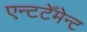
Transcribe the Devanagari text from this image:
एन्टटेँमेन्ट